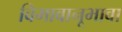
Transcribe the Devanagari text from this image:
विभावानूभावा